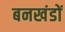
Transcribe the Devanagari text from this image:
बनखंडों